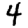
Digit: 4